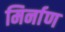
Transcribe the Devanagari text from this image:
मिर्नाण